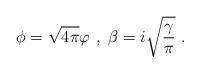
\begin{align*}\phi=\sqrt{4\pi}\varphi\ , \ \beta=i\sqrt{\frac{\gamma}{\pi}}\ .\end{align*}